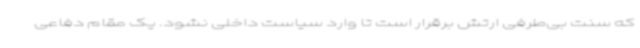
که سنت بی‌طرفی ارتش برقرار است تا وارد سیاست داخلی نشود. یک مقام دفاعی